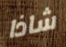
شاذا